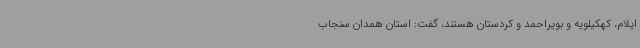
ایلام، کهکیلویه و بویراحمد و کردستان‌ هستند، گفت: استان همدان سنجاب